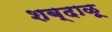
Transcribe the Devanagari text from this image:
शब्दाळू